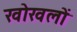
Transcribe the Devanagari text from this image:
खोखलों